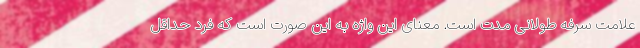
علامت سرفه طولانی مدت است. معنای این واژه به این صورت است که فرد حداقل